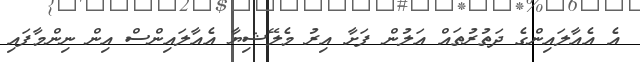
އެ އެއާލައިންގެ ދަތުރުތައް އަލުން ފަށާ އިރު މެލޭޝިޔާ އެއާލައިންސް އިން ނިންމާފައި